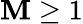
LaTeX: \mathbf{M}\ge1